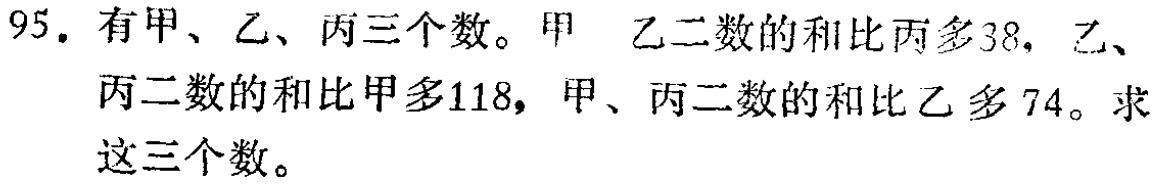
95. 有甲、乙、丙三个数。甲 乙二数的和比丙多38，乙、丙二数的和比甲多118，甲、丙二数的和比乙多74。求这三个数。